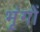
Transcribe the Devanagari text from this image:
भृंगों